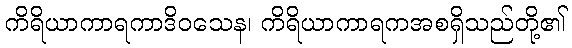
ကိရိယာကာရကာဒိဝသေန၊ ကိရိယာကာရကအစရှိသည်တို့၏